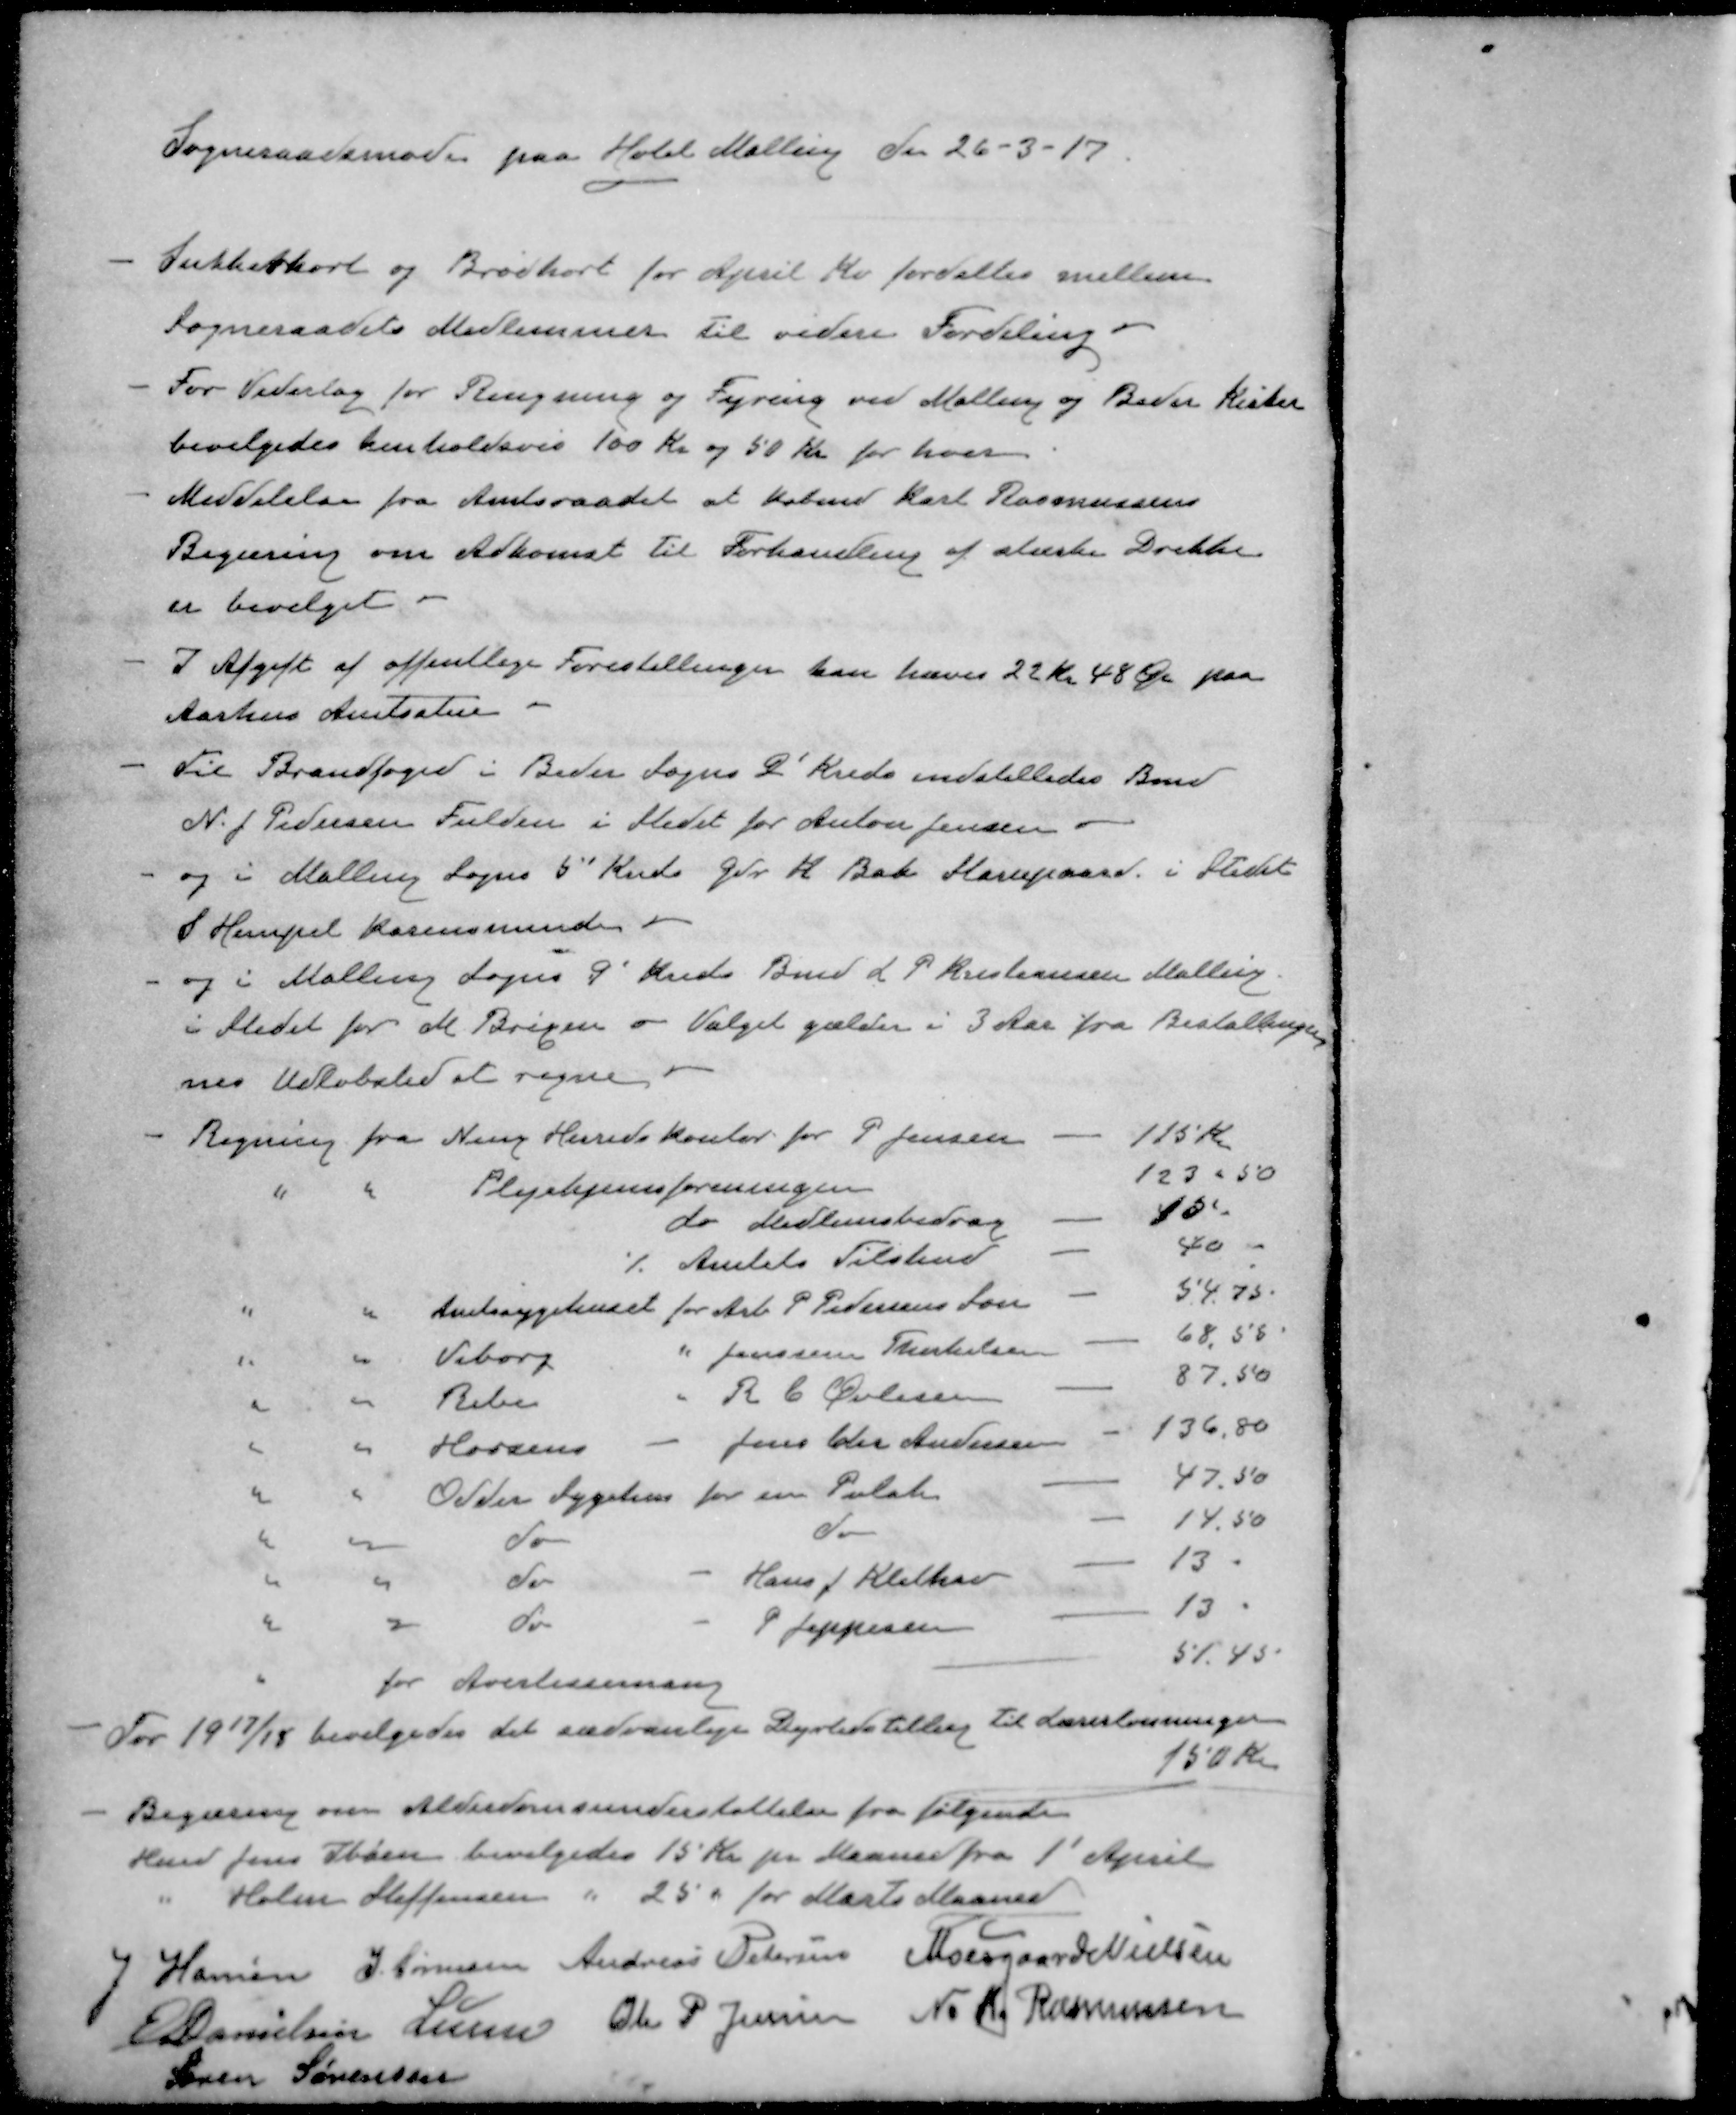
Transskription:
Sogneraadsmøde paa Hotel Malling den 26 - 3 -17
- Sukkerkort og Brødkort for April Kv fordeltes mellem
Sogneraadets Medlemmer til videre Fordeling
- For Vederlag for Ringning og Fyring ved Malling og Beder Kirker
bevilgedes henholdsvis 100 Kr. og 50 Kr for hver
- Meddelelse fra Amtsraadet at Købmd Karl Rasmussens
Begæring om Adkomst til Forhandling af stærke Drikke
er bevilget
- I Afgift af offentlige Forestillinger kan hæves 22 Kr 48 Øre paa
Aarhus Amtsstue
- Til Brandfoged i Beder Sogns 2 Kreds indstilledes Bmd
N. J. Pedersen Fulden i Stedet for Anton Jensen.
- og i Malling Sogns 5 Kreds Gdr. K. Bak Karregaard i Stedet
P Hempel Karensminde
- og i Malling Sogns 9 Kreds Bmd L P Kristiansen Malling.
i Stedet for M Brixen og Valget gælder i 3 Aar fra Bestallingen
nes Udløbstid at regne
- Regning fra Ning Herredskontor for P. Jensen
115 Kr.
" " Plejehjemsforeningen
123-50
do Medlemsbidrag
15
./. Amtets Tilskud
40
" " Amtssygehuset for Arb P Pedersens Søn
54.75
" " Viborg " Jenssine Therkelsen
68,55
" " Beder " R C Øvlisen
87.50
" " Horsens - Jens Chr Andersen
136,80
" " Odder Sygehus for sin Polak
47.50
" " do do
14.50
" " do - Hans J Klithav
13
" " do - P. Jeppesen
13
" for Avertissemang
51.45
For 1917/18 bevilgedes det sædvanlige Dyrtidstillæg til Lærerlønninger
150 Kr
Begæring om Alderdomsunderstøttelse fra følgende
Hmd Jens Ibsen bevilgedes 15 Kr pr Maaned fra 1' April
" Holm Steffensen " 25 " for Marts Maaned
J Hansen
J. Sørensen
Andreas Petersen
Moesgaard Nielsen
E Danielsen
Lunn
Ole P Jensen
N K Rasmussen
Søren Sørensen